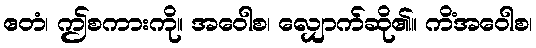
ဧတံ၊ ဤစကားကို။ အဝေါစ၊ လျှောက်ဆို၏။ ကိံအဝေါစ၊